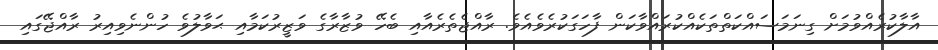
އާލާކުރެއްވުމަށް ގިނަމަސައްކަތްތަކެއްކުރައްވާކަން ފާހަގަކުރެވެއެވެ. ރާއްޖެތެރެއާއި ބެހޭ ވުޒާރާގެ ވަޒީރުކަމާއި ޙަވާލުވެ ހުންނެވިއިރު ރާއްޖޭގައި